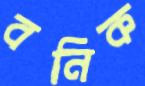
বনিক